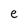
Character: e